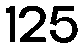
125